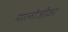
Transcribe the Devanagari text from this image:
मालोजीवर